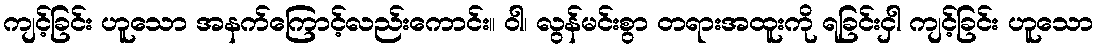
ကျင့်ခြင်း ဟူသော အနက်ကြောင့်လည်းကောင်း။ ဝါ၊ လွန်မင်းစွာ တရားအထူးကို ရခြင်းငှါ ကျင့်ခြင်း ဟူသော